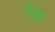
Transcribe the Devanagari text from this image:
ऐंक